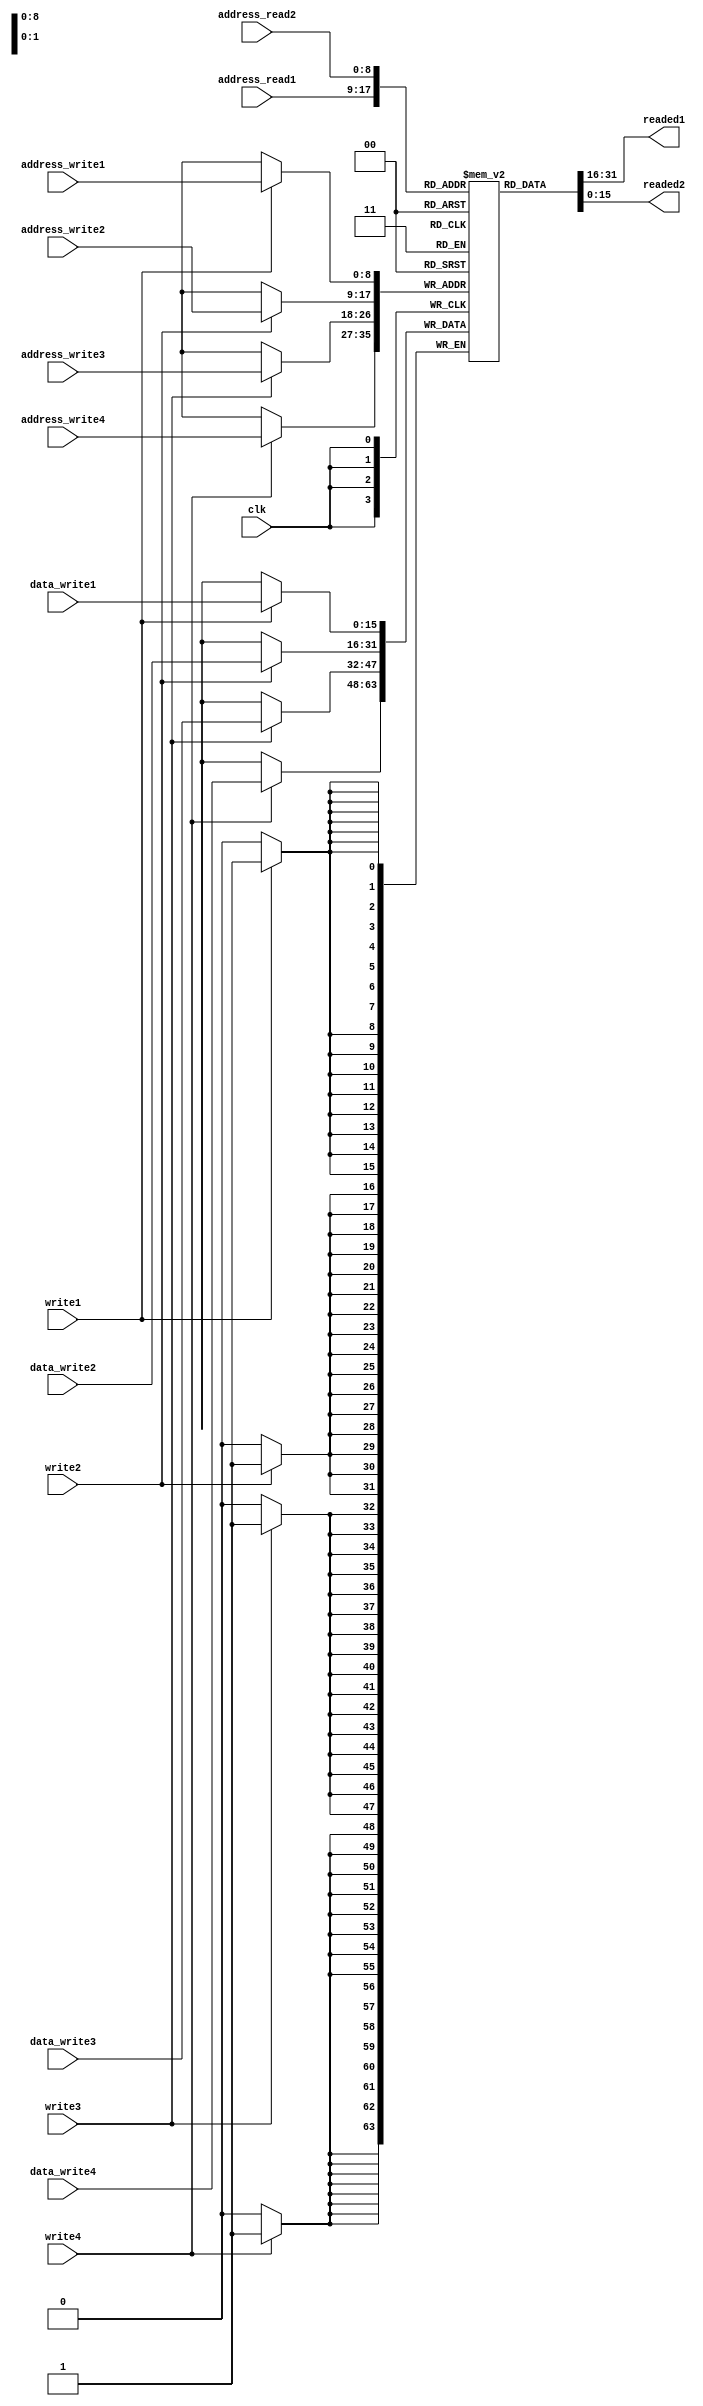
module memory512x16bits(
	input clk,
	input [8:0] address_read1,address_read2,
	input write1, write2, write3, write4,
	input [8:0] address_write1,address_write2,address_write3,address_write4, 
	input [15:0] data_write1, data_write2,data_write3, data_write4,
	
	output [15:0] readed1,readed2	
);
	integer i,j;
	reg [15:0] mem [0:511];
	assign readed1 = mem[address_read1];
	assign readed2 = mem[address_read2];
	initial begin
		#0
		for(i=0;i<512;i=i+1)begin
			mem[i] <= 16'b0;
		end
		#1
		mem[4] <= 1'b1;
		mem[5] <= 2'b11;
		mem[34] <= 3'b111;
		mem[35] <= 4'b1111;
	end
	always@(posedge clk)begin
		$display("\\\\\\\\\\\\\\\\\\\\\\\\\\\\\\\\t\\\\\\\\\\\\\\\\\\\\\\\\\\\\\\\\tMem");
		for(j=0;j<12;j=j+1)begin//apenas 12 das 2^9=512 linhas
			$display("\\\\\\\\\\\\\\\\\\\\\\\\\\\\\\\\t\\\\\\\\\\\\\\\\\\\\\\\\\\\\\\\\t%d %b",j,mem[j]);
		end
		$display("\\\\\\\\\\\\\\\\\\\\\\\\\\\\\\\\t\\\\\\\\\\\\\\\\\\\\\\\\\\\\\\\\t\\\\\\\\\\\\\\\\\\\\\\\\\\\\\\\\t 34 %b",mem[34]);
		$display("\\\\\\\\\\\\\\\\\\\\\\\\\\\\\\\\t\\\\\\\\\\\\\\\\\\\\\\\\\\\\\\\\t\\\\\\\\\\\\\\\\\\\\\\\\\\\\\\\\t 35 %b",mem[35]);
		$display("\\\\\\\\\\\\\\\\\\\\\\\\\\\\\\\\t\\\\\\\\\\\\\\\\\\\\\\\\\\\\\\\\t\\\\\\\\\\\\\\\\\\\\\\\\\\\\\\\\t256 %b",mem[256]);
		$display("\\\\\\\\\\\\\\\\\\\\\\\\\\\\\\\\t\\\\\\\\\\\\\\\\\\\\\\\\\\\\\\\\t\\\\\\\\\\\\\\\\\\\\\\\\\\\\\\\\t257 %b",mem[257]);
		if(write1==1'b1)
			mem[address_write1] <= data_write1;
		if(write2==1'b1)
			mem[address_write2] <= data_write2;
		if(write3==1'b1)
			mem[address_write3] <= data_write3;
		if(write4==1'b1)
			mem[address_write4] <= data_write4;
	end
endmodule